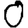
Digit: 0